Problem: 5 × 6 = ?
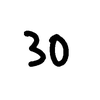
Handwritten answer: 30